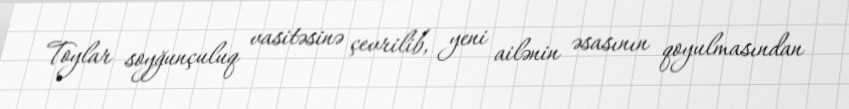
Toylar soyğunçuluq vasitəsinə çevrilib, yeni ailənin əsasının qoyulmasından